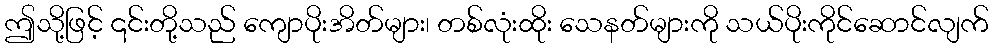
ဤသို့ဖြင့် ၎င်းတို့သည် ကျောပိုးအိတ်များ၊ တစ်လုံးထိုး သေနတ်များကို သယ်ပိုးကိုင်ဆောင်လျက်